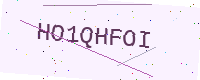
Text: HO1QHFOI